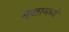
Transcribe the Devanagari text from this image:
मुखामध्ये